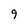
Character: 9